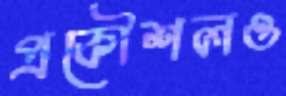
প্রকৌশলও